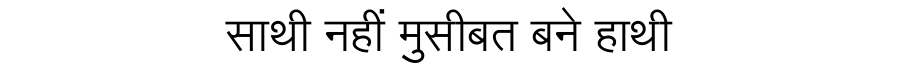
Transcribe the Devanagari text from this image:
साथी नहीं मुसीबत बने हाथी